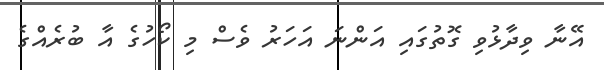
އޭނާ ވިދާޅުވި ގޮތުގައި އަންނަ އަހަރު ވެސް މި ކޯހުގެ އާ ބުރެއްގެ